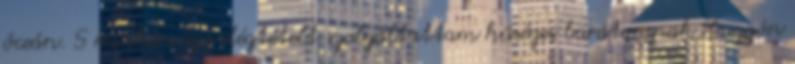
óceán. S miután így elégtételt szolgáltattam hűséges barátomnak, buzgón